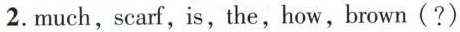
2.much,scarf,is, the,how,brown( ?)